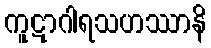
ကူဋာဂါရသဟဿာနိ